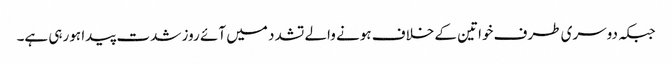
جبکہ دوسری طرف خواتین کے خلاف ہونے والے تشدد میں آئے روز شدت پیدا ہورہی ہے۔